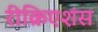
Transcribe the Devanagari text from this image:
रीक्रिएशंस